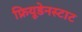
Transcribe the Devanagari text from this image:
फ्रियूडेनस्टाट